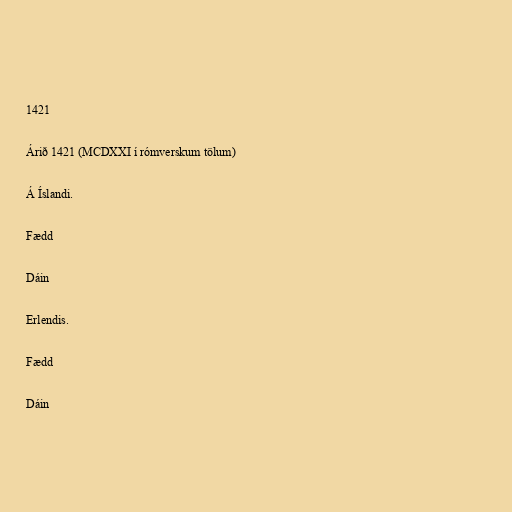
1421

Árið 1421 (MCDXXI í rómverskum tölum)

Á Íslandi.

Fædd

Dáin

Erlendis.

Fædd

Dáin